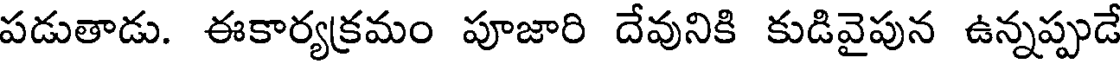
పడుతాడు. ఈకార్యక్రమం పూజారి దేవునికి కుడివైపున ఉన్నప్పుడే